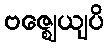
ဗဇ္ဈေယျပိ